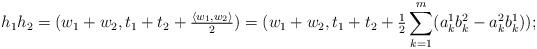
LaTeX: \begin{align*}h_1 h_2=(w_1+w_2, t_1+t_2+\tfrac{\langle w_1,w_2\rangle}{2})=(w_1+w_2, t_1+t_2+\tfrac{1}{2}\sum_{k=1}^m (a_k^1 b_k^2-a_k^2b_k^1));\end{align*}